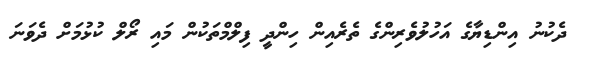
ދެކުނު އިންޑިޔާގެ އަހުލުވެރިންގެ ތެރެއިން ހިންދީ ފިލްމްތަކުން މައި ރޯލް ކުޅުމަށް ދެވަނަ